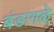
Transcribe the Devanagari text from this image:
बंडागळे